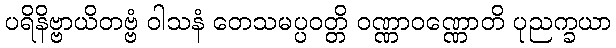
ပရိနိဗ္ဗာယိတဗ္ဗံ ဝါသနံ တေသမပ္ပဝတ္တိ ဝဏ္ဏာဝဏ္ဏောတိ ပုညက္ခယာ